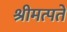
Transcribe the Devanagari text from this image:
श्रीमत्पते